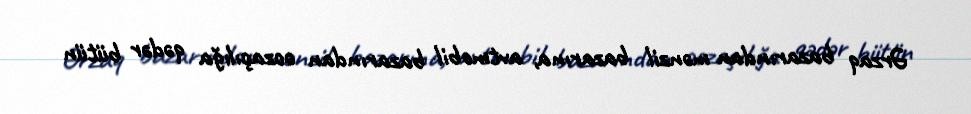
Ərzaq bazarından mənzil bazarına, avtmobil bazarından əczaçılığa qədər bütün